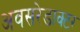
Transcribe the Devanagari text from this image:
अवसरेडाक्टर